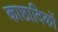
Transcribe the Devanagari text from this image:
काष्ठादिकों